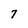
Character: 7